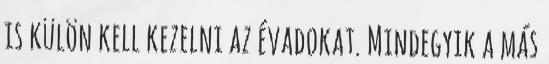
is külön kell kezelni az évadokat. Mindegyik a más